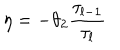
LaTeX: \eta = - \theta _ { 2 } { \frac { \tau _ { l - 1 } } { \tau _ { l } } }